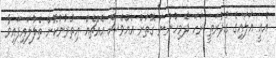
އެއީ އަލައިގެ ގުދުރަތީ ރަހަ ދެމިހުންނަ ގޮތަށް އެއްވެސް އެއްޗެއް އިތުރުނުކޮށް ތެލުލައިފައިވާ